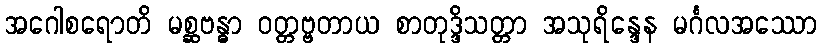
အဂေါစရောတိ မစ္ဆဗန္ဓာ ဝတ္တဗ္ဗတာယ စာတုဒ္ဒိသတ္တာ အသုရိန္ဒေန မင်္ဂလအဿော